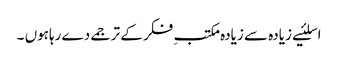
اسلئیے زیادہ سے زیادہ مکتبِ فکر کے ترجمے دے رہاہوں ۔